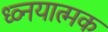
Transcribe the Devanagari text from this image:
ध्व्नयात्मक